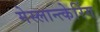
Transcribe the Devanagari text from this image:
मेस्लान्त्केरिंग